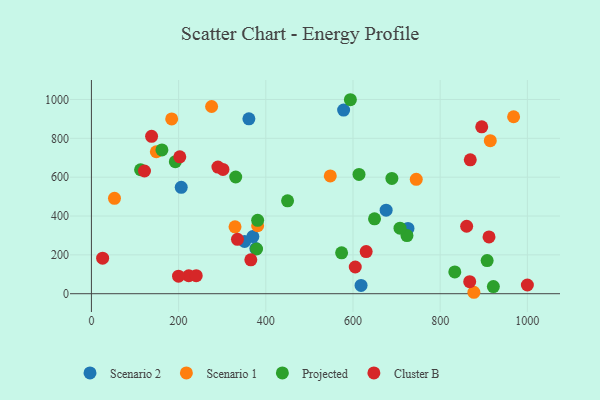
{"axis": {"x": "Ad Spend", "y": "Fuel Efficiency"}, "legend": ["Cluster B", "Projected", "Scenario 1", "Scenario 2"], "data": [{"x": "370.3", "y": 294.2, "type": "Scenario 2"}, {"x": "726.1", "y": 335.9, "type": "Scenario 2"}, {"x": "206.0", "y": 547.5, "type": "Scenario 2"}, {"x": "361.2", "y": 900.4, "type": "Scenario 2"}, {"x": "578.5", "y": 945.3, "type": "Scenario 2"}, {"x": "377.2", "y": 232.4, "type": "Scenario 2"}, {"x": "351.4", "y": 269.0, "type": "Scenario 2"}, {"x": "676.0", "y": 430.2, "type": "Scenario 2"}, {"x": "618.5", "y": 42.5, "type": "Scenario 2"}, {"x": "329.4", "y": 344.6, "type": "Scenario 1"}, {"x": "914.9", "y": 787.8, "type": "Scenario 1"}, {"x": "148.9", "y": 730.8, "type": "Scenario 1"}, {"x": "877.3", "y": 7.4, "type": "Scenario 1"}, {"x": "547.9", "y": 606.6, "type": "Scenario 1"}, {"x": "52.9", "y": 491.3, "type": "Scenario 1"}, {"x": "275.7", "y": 963.7, "type": "Scenario 1"}, {"x": "745.1", "y": 588.7, "type": "Scenario 1"}, {"x": "968.4", "y": 911.0, "type": "Scenario 1"}, {"x": "184.1", "y": 899.7, "type": "Scenario 1"}, {"x": "381.3", "y": 350.0, "type": "Scenario 1"}, {"x": "331.0", "y": 600.9, "type": "Projected"}, {"x": "381.3", "y": 377.9, "type": "Projected"}, {"x": "723.8", "y": 299.5, "type": "Projected"}, {"x": "649.4", "y": 385.3, "type": "Projected"}, {"x": "907.7", "y": 170.5, "type": "Projected"}, {"x": "573.9", "y": 210.3, "type": "Projected"}, {"x": "613.8", "y": 614.2, "type": "Projected"}, {"x": "689.2", "y": 593.7, "type": "Projected"}, {"x": "449.9", "y": 478.0, "type": "Projected"}, {"x": "594.0", "y": 998.7, "type": "Projected"}, {"x": "112.7", "y": 638.3, "type": "Projected"}, {"x": "922.0", "y": 36.6, "type": "Projected"}, {"x": "378.8", "y": 230.3, "type": "Projected"}, {"x": "192.5", "y": 679.8, "type": "Projected"}, {"x": "707.8", "y": 337.4, "type": "Projected"}, {"x": "833.5", "y": 112.0, "type": "Projected"}, {"x": "161.7", "y": 740.2, "type": "Projected"}, {"x": "223.3", "y": 92.4, "type": "Cluster B"}, {"x": "365.6", "y": 174.7, "type": "Cluster B"}, {"x": "25.7", "y": 183.0, "type": "Cluster B"}, {"x": "895.3", "y": 859.1, "type": "Cluster B"}, {"x": "138.0", "y": 810.1, "type": "Cluster B"}, {"x": "335.0", "y": 279.8, "type": "Cluster B"}, {"x": "630.2", "y": 216.7, "type": "Cluster B"}, {"x": "121.7", "y": 631.7, "type": "Cluster B"}, {"x": "240.4", "y": 93.0, "type": "Cluster B"}, {"x": "605.2", "y": 137.4, "type": "Cluster B"}, {"x": "290.2", "y": 652.1, "type": "Cluster B"}, {"x": "1000.0", "y": 44.9, "type": "Cluster B"}, {"x": "301.7", "y": 639.7, "type": "Cluster B"}, {"x": "912.0", "y": 292.6, "type": "Cluster B"}, {"x": "869.0", "y": 689.3, "type": "Cluster B"}, {"x": "199.8", "y": 90.2, "type": "Cluster B"}, {"x": "860.7", "y": 347.3, "type": "Cluster B"}, {"x": "202.7", "y": 704.8, "type": "Cluster B"}, {"x": "867.7", "y": 61.8, "type": "Cluster B"}]}